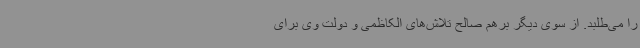
را می‌طلبد. از سوی دیگر برهم صالح تلاش‌های الکاظمی و دولت وی برای